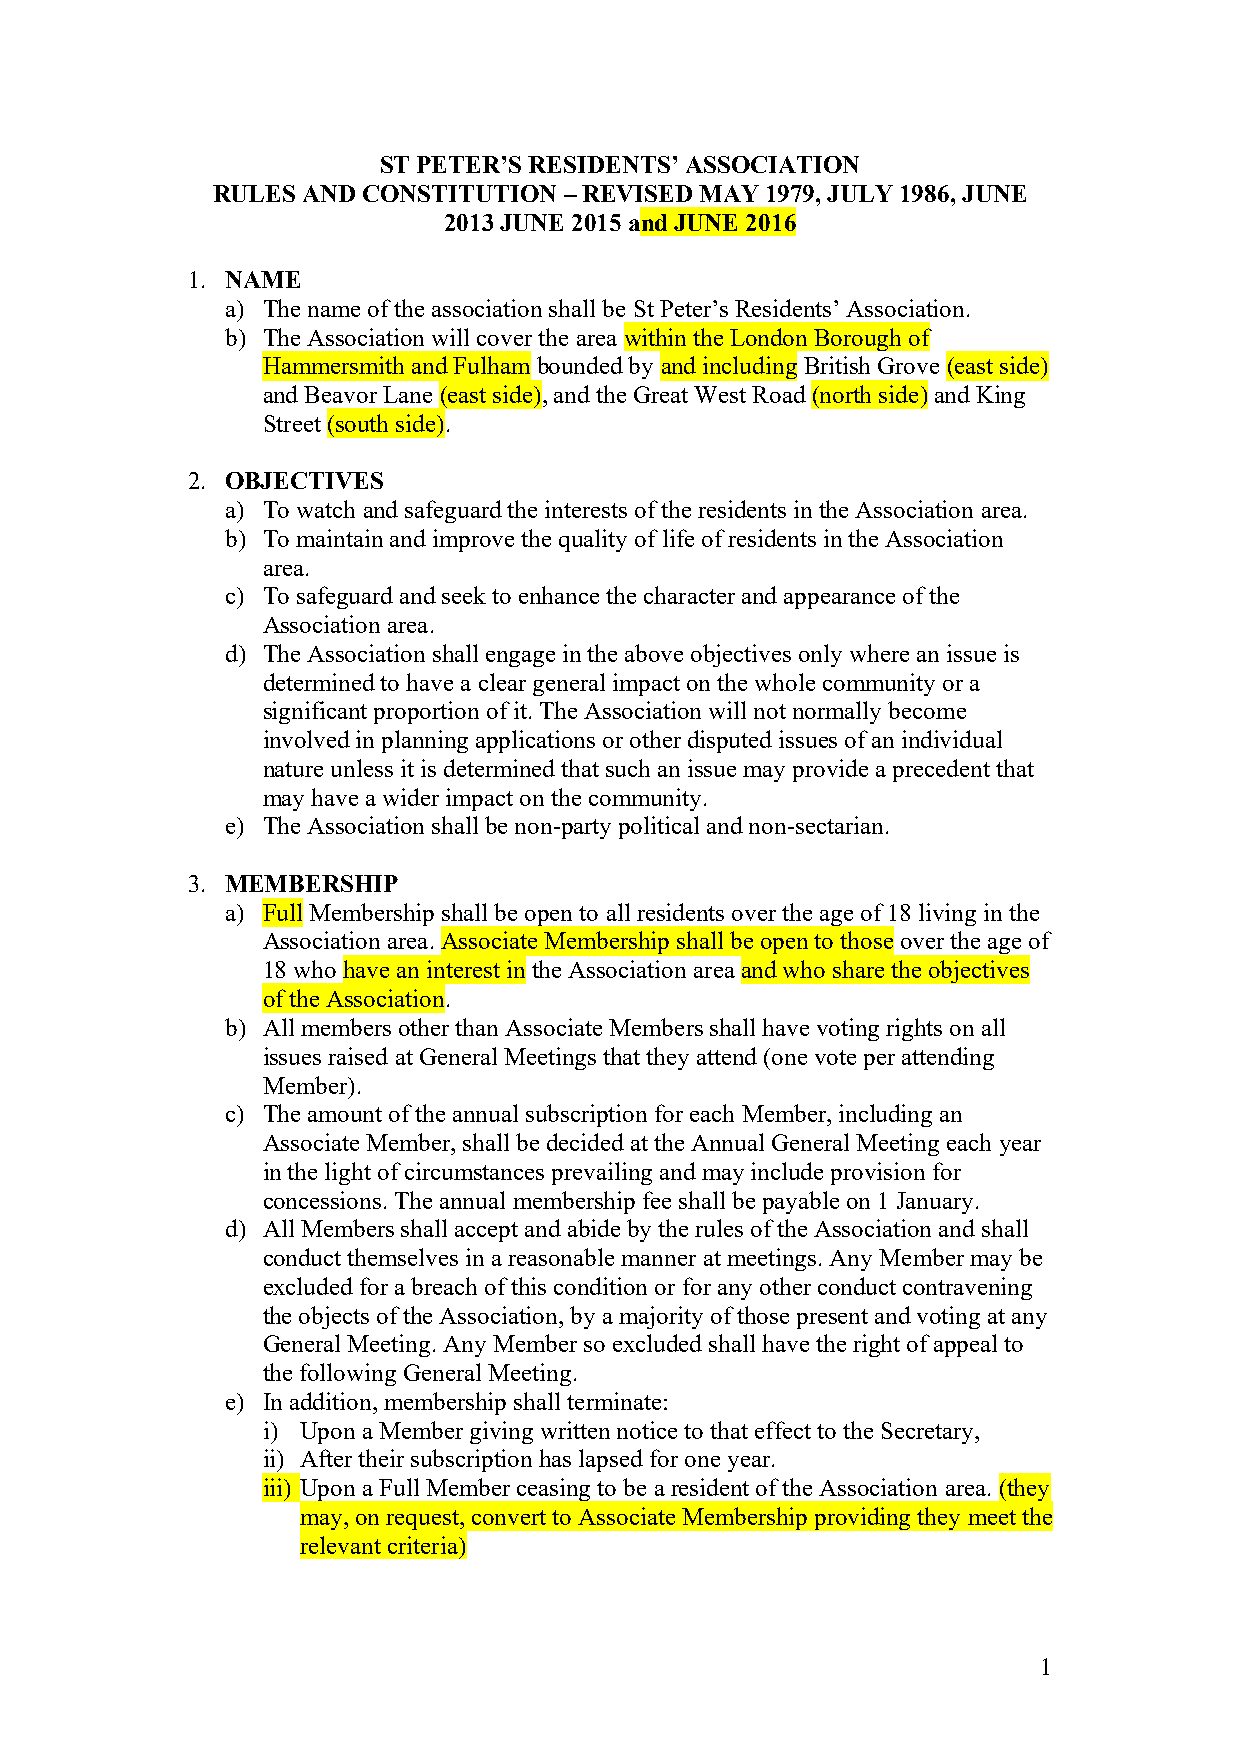
ST PETER’S RESIDENTS’ ASSOCIATION
 RULES AND CONSTITUTION – REVISED MAY 1979, JULY 1986, JUNE
 2013 JUNE 2015 and JUNE 2016
 1. NAME
 a) The name of the association shall be St Peter’s Residents’ Association.
 b) The Association will cover the area within the London Borough of
 Hammersmith and Fulham bounded by and including British Grove (east side)
 and Beavor Lane (east side), and the Great West Road (north side) and King
 Street (south side).
 2. OBJECTIVES
 a) To watch and safeguard the interests of the residents in the Association area.
 b) To maintain and improve the quality of life of residents in the Association
 area.
 c) To safeguard and seek to enhance the character and appearance of the
 Association area.
 d) The Association shall engage in the above objectives only where an issue is
 determined to have a clear general impact on the whole community or a
 significant proportion of it. The Association will not normally become
 involved in planning applications or other disputed issues of an individual
 nature unless it is determined that such an issue may provide a precedent that
 may have a wider impact on the community.
 e) The Association shall be non-party political and non-sectarian.
 3. MEMBERSHIP
 a) Full Membership shall be open to all residents over the age of 18 living in the
 Association area. Associate Membership shall be open to those over the age of
 18 who have an interest in the Association area and who share the objectives
 of the Association.
 b) All members other than Associate Members shall have voting rights on all
 issues raised at General Meetings that they attend (one vote per attending
 Member).
 c) The amount of the annual subscription for each Member, including an
 Associate Member, shall be decided at the Annual General Meeting each year
 in the light of circumstances prevailing and may include provision for
 concessions. The annual membership fee shall be payable on 1 January.
 d) All Members shall accept and abide by the rules of the Association and shall
 conduct themselves in a reasonable manner at meetings. Any Member may be
 excluded for a breach of this condition or for any other conduct contravening
 the objects of the Association, by a majority of those present and voting at any
 General Meeting. Any Member so excluded shall have the right of appeal to
 the following General Meeting.
 e) In addition, membership shall terminate:
 i) Upon a Member giving written notice to that effect to the Secretary,
 ii) After their subscription has lapsed for one year.
 iii) Upon a Full Member ceasing to be a resident of the Association area. (they
 may, on request, convert to Associate Membership providing they meet the
 relevant criteria)
 1